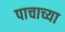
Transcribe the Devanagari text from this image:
पाचाच्या